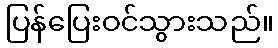
ပြန်ပြေးဝင်သွားသည်။